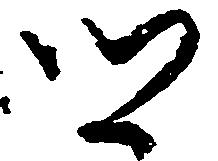
郷